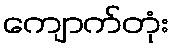
ကျောက်တုံး